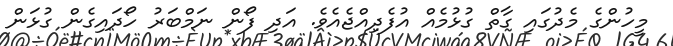
މީހުންގެ މެދުގައި ގާތް ގުޅުމެއް އުފެދިއްޖެއެވެ. އަދި ފޯން ނަމްބަރު ހޯދައިގެން ގުޅަން